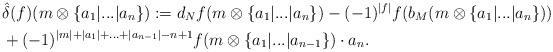
LaTeX: \begin{align*}&\hat{\delta}(f)(m \otimes \{ a_1 | ... |a_n \} ) := d_Nf ( m \otimes \{ a_1 | ... |a_n \} ) - (-1)^{|f|} f ( b_M ( m \otimes \{ a_1 | ... |a_n \} ))\\& + (-1)^{|m|+ |a_1| + ... + |a_{n-1}| - n+1} f( m \otimes \{ a_1 | ... | a_{n-1} \} ) \cdot a_n.\end{align*}